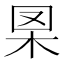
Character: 𦊧